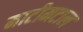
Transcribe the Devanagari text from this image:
माटीमटाल